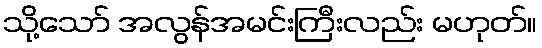
သို့သော် အလွန်အမင်းကြီးလည်း မဟုတ်။